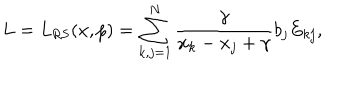
L = L _ { \mathrm { R S } } ( x , p ) = \sum _ { k , j = 1 } ^ { N } \frac { \gamma } { x _ { k } - x _ { j } + \gamma } b _ { j } E _ { k j } ,